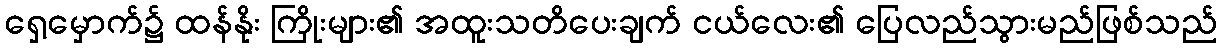
ရှေ့မှောက်၌ ထန်နိုး ကြိုးများ၏ အထူးသတိပေးချက် ငယ်လေး၏ ပြေလည်သွားမည်ဖြစ်သည်